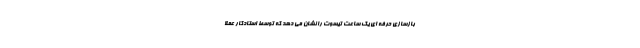
بازسازی حرفه ای یک ساعت تیسوت را نشان می دهد که توسط استادکار عملا